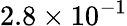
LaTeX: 2.8\times 10^{-1}